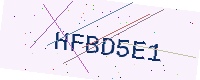
Text: HFBD5E1